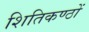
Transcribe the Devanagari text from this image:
शितिकण्ठों